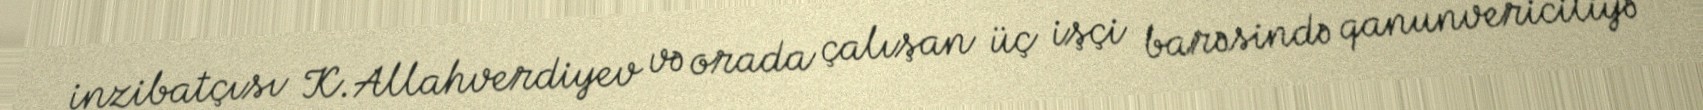
inzibatçısı K.Allahverdiyev və orada çalışan üç işçi barəsində qanunvericiliyə